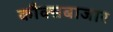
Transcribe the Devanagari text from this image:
कौक्सबाजार